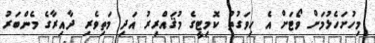
މިހުށަހެޅުމަށް ވޯޓަށް އެ ހިވަގުތު ކޮމިޓީގެ މުޤައްރިރު އަދި މަތިވެރި ދާއިރާގެ މެންބަރު